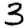
Digit: 3